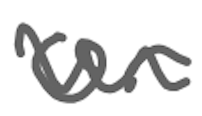
Text: or
Cross-out: wave
Writing tool: digital_gray